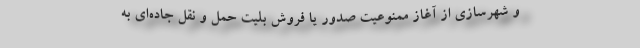
و شهرسازی از آغاز ممنوعیت صدور یا فروش بلیت حمل و نقل جاده‌ای به